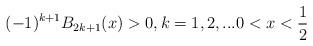
LaTeX: \begin{align*} (-1)^{k+1}B_{2k+1}(x)> 0, k=1,2,... 0<x<\frac{1}{2}\end{align*}